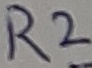
Text: R2